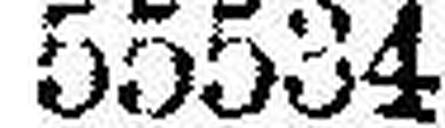
55534